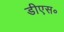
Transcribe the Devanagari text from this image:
डीएस॰